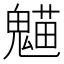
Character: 𩳸